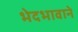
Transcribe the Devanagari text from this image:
भेदभावाने